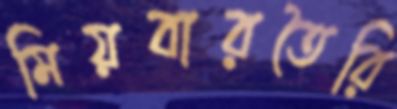
মিয়বারতৈরি